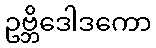
ဥဗ္ဘိဒေါဒကော